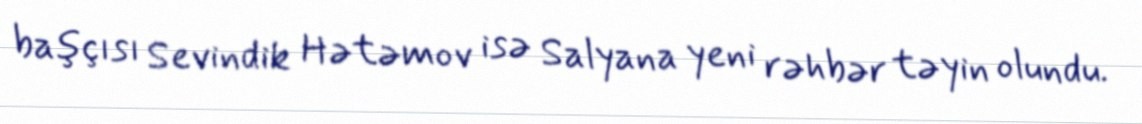
başçısı Sevindik Hətəmov isə Salyana yeni rəhbər təyin olundu.